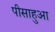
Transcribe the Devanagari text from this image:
पीसाहुआ